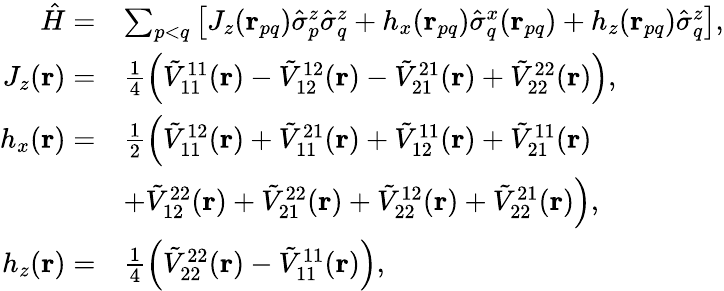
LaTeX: \begin{array}{rl}{\hat{H}=}&{\sum_{p<q}\left[J_{z}(\mathbf{r}_{pq})\hat{\sigma}_{p}^{z}\hat{\sigma}_{q}^{z}+h_{x}(\mathbf{r}_{pq})\hat{\sigma}_{q}^{x}(\mathbf{r}_{pq})+h_{z}(\mathbf{r}_{pq})\hat{\sigma}_{q}^{z}\right],}\\ {J_{z}(\mathbf{r})=}&{\frac{1}{4}\left(\tilde{V}_{11}^{11}(\mathbf{r})-\tilde{V}_{12}^{12}(\mathbf{r})-\tilde{V}_{21}^{21}(\mathbf{r})+\tilde{V}_{22}^{22}(\mathbf{r})\right),}\\ {h_{x}(\mathbf{r})=}&{\frac{1}{2}\left(\tilde{V}_{11}^{12}(\mathbf{r})+\tilde{V}_{11}^{21}(\mathbf{r})+\tilde{V}_{12}^{11}(\mathbf{r})+\tilde{V}_{21}^{11}(\mathbf{r})\right.}\\ &{\left.+\tilde{V}_{12}^{22}(\mathbf{r})+\tilde{V}_{21}^{22}(\mathbf{r})+\tilde{V}_{22}^{12}(\mathbf{r})+\tilde{V}_{22}^{21}(\mathbf{r})\right),}\\ {h_{z}(\mathbf{r})=}&{\frac{1}{4}\left(\tilde{V}_{22}^{22}(\mathbf{r})-\tilde{V}_{11}^{11}(\mathbf{r})\right),}\end{array}